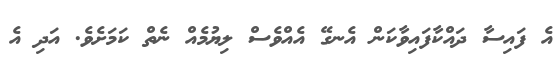
އެ ފައިސާ ދައްކާފައިވާކަން އެނގޭ އެއްވެސް ލިޔުމެއް ނެތް ކަމަށެވެ. އަދި އެ